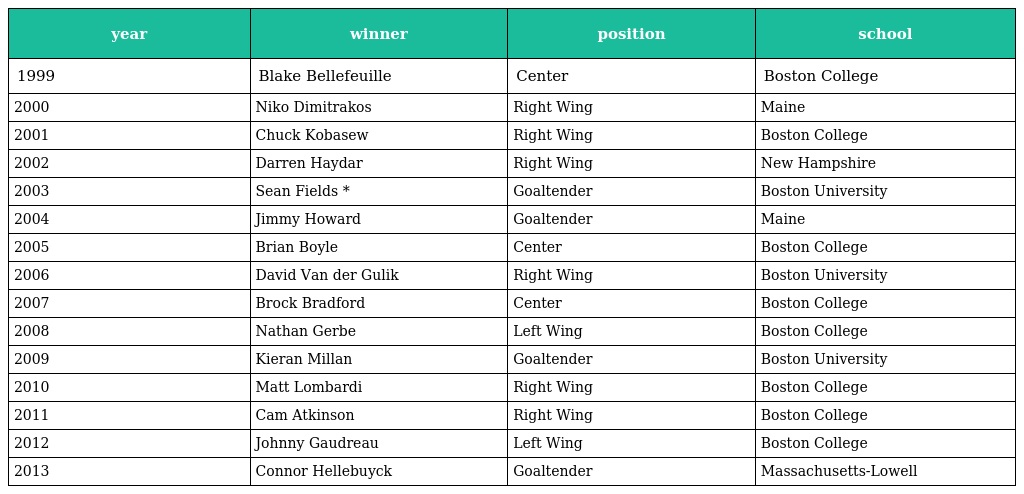
| year | winner | position | school |
 | --- | --- | --- | --- |
 | 1999 | Blake Bellefeuille | Center | Boston College |
 | 2000 | Niko Dimitrakos | Right Wing | Maine |
 | 2001 | Chuck Kobasew | Right Wing | Boston College |
 | 2002 | Darren Haydar | Right Wing | New Hampshire |
 | 2003 | Sean Fields * | Goaltender | Boston University |
 | 2004 | Jimmy Howard | Goaltender | Maine |
 | 2005 | Brian Boyle | Center | Boston College |
 | 2006 | David Van der Gulik | Right Wing | Boston University |
 | 2007 | Brock Bradford | Center | Boston College |
 | 2008 | Nathan Gerbe | Left Wing | Boston College |
 | 2009 | Kieran Millan | Goaltender | Boston University |
 | 2010 | Matt Lombardi | Right Wing | Boston College |
 | 2011 | Cam Atkinson | Right Wing | Boston College |
 | 2012 | Johnny Gaudreau | Left Wing | Boston College |
 | 2013 | Connor Hellebuyck | Goaltender | Massachusetts-Lowell |